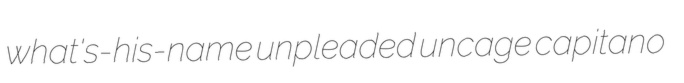
what's-his-name unpleaded uncage capitano